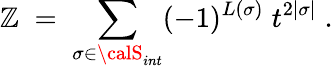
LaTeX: \mathbb{Z}\; =\; \sum_{\sigma\in{\calS}_{int}}(-1)^{L(\sigma)}\; t^{2|\sigma|}\; .